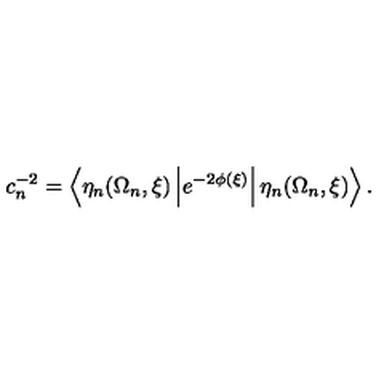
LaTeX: c _ { n } ^ { - 2 } = \left\langle \eta _ { n } ( \Omega _ { n } , \xi ) \left| e ^ { - 2 \phi ( \xi ) } \right| \eta _ { n } ( \Omega _ { n } , \xi ) \right\rangle .